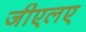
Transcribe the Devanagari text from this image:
जीएलए